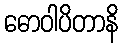
ဓောဝါပိတာနိ